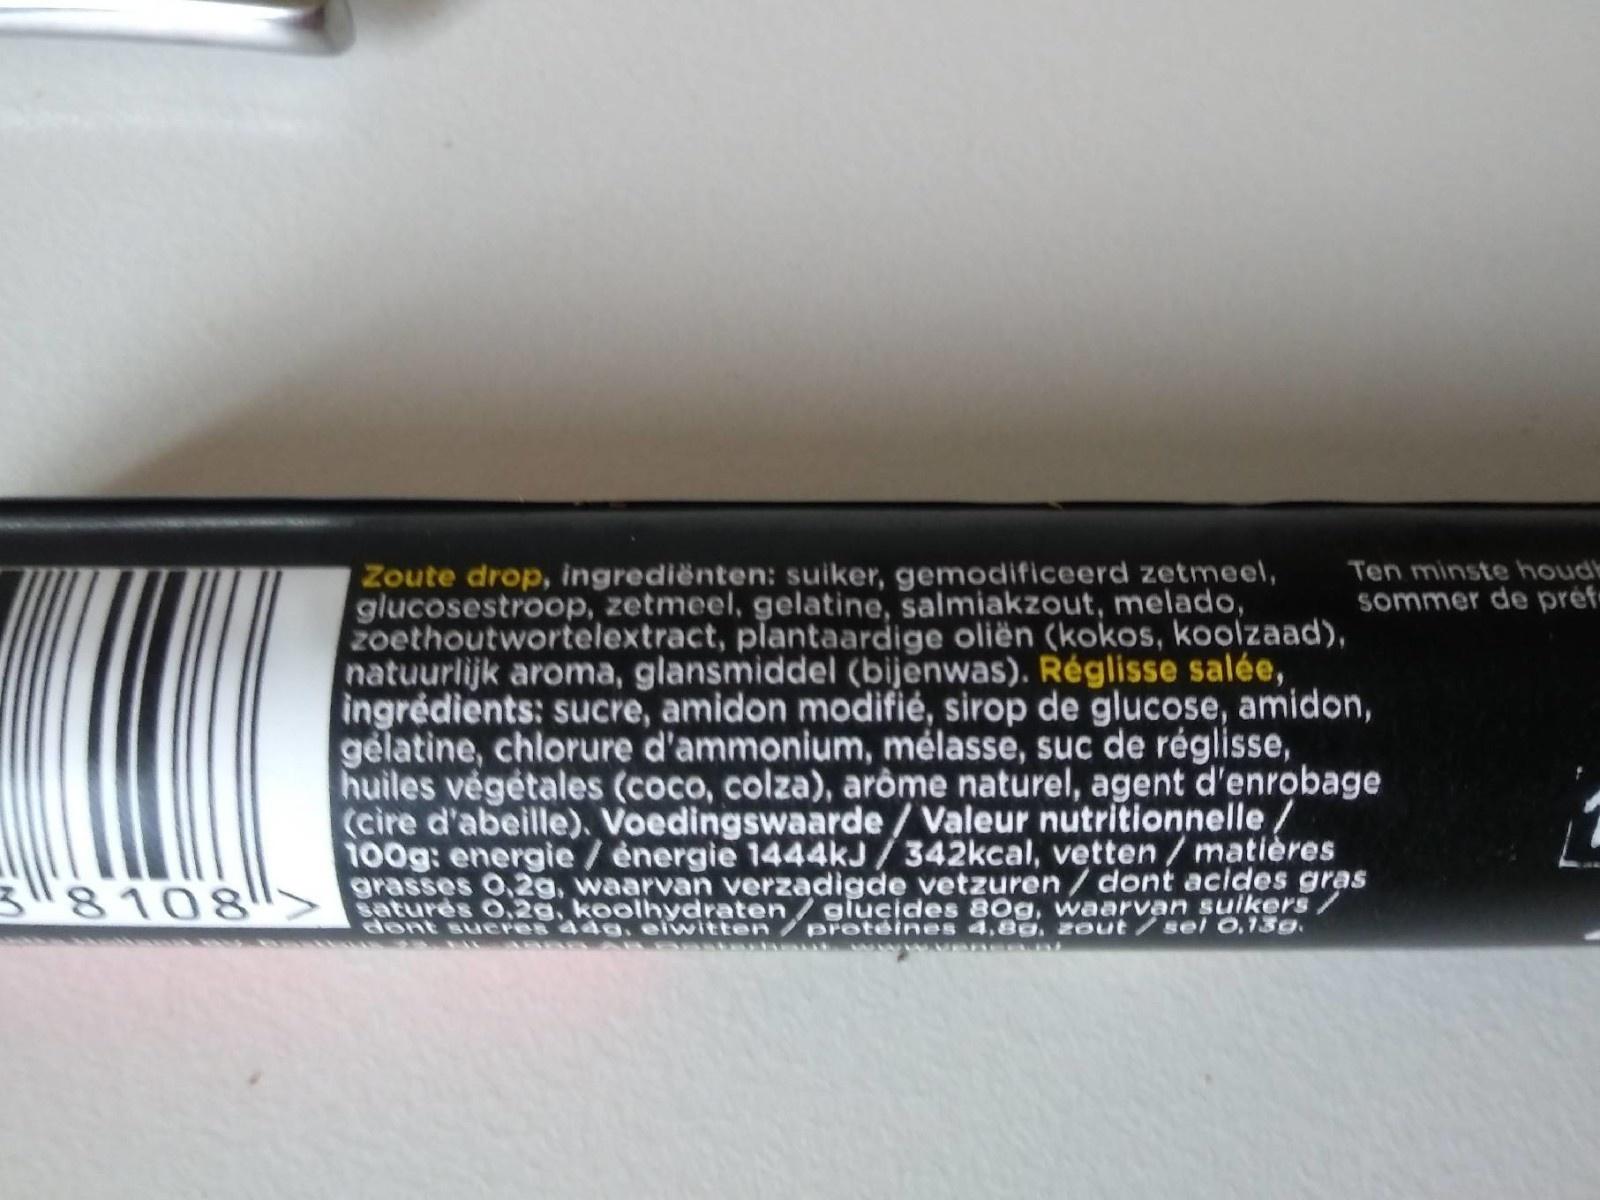
Zoute drop, ingrediënten: suiker, gemodificeerd zetmeel, glucosestroop, zetmeel, gelatine, salmiakzout, melado,
Ten minste houdh
sommer de préf
zoethoutwortelextract, plantaardige oliën (kokos, koolzaad),
natuurlijk aroma, glansmiddel (bijenwas). Réglisse salée,
ingrédients: sucre, amidon modifié, sirop de glucose, amidon,
gelatine, chlorure d'ammonium, mélasse, suc de réglisse, huiles végétales (coco, colza), arôme naturel, agent d'enrobage
(cire d'abeille). Voedingswaarde/Valeur nutritionnelle /
100g: energie/énergie 1444kJ / 342kcal, vetten / matières grasses 0,2g, waarvan verzadigde vetzuren/dont acides gras satures O,2g, koolhydraten/glucides 80g, waarvan suikers/ dent sueres 44a, eiwitten
3"8108
Broteines 4,80, zout/sel 0,13g.